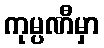
ကုမ္ပဏီမှာ